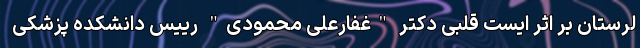
لرستان بر اثر ایست قلبی دکتر "غفارعلی محمودی" رییس دانشکده پزشکی